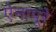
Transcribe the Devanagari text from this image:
ऐनापूरे